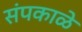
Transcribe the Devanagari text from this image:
संपकाळे